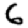
Digit: 6